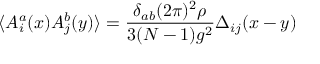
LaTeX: \langle A _ { i } ^ { a } ( x ) A _ { j } ^ { b } ( y ) \rangle = \frac { \delta _ { a b } ( 2 \pi ) ^ { 2 } \rho } { 3 ( N - 1 ) g ^ { 2 } } \Delta _ { i j } ( x - y )